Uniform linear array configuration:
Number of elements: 4
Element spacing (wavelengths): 0.75
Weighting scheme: uniform
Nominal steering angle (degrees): -60
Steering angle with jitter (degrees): -58.955
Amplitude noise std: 0.05
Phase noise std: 0.05

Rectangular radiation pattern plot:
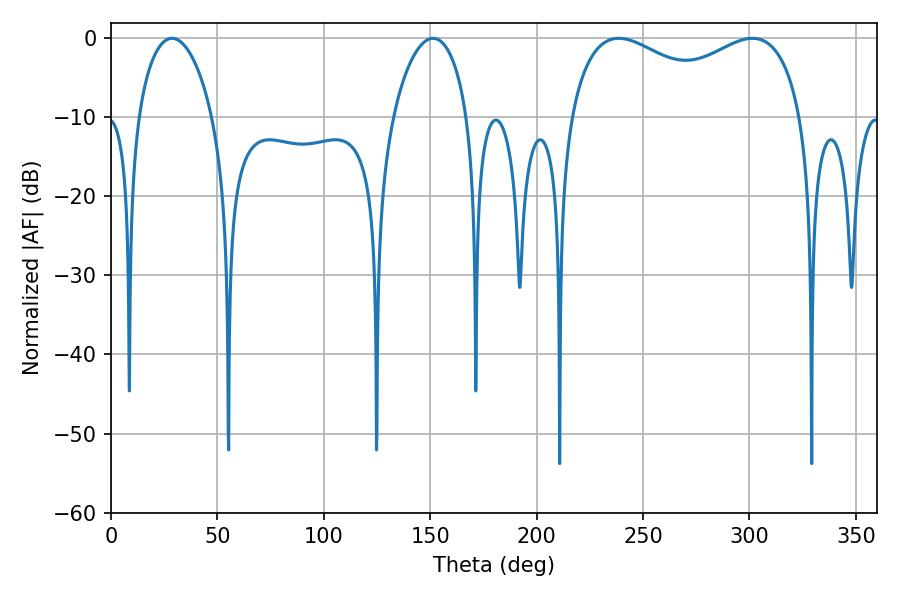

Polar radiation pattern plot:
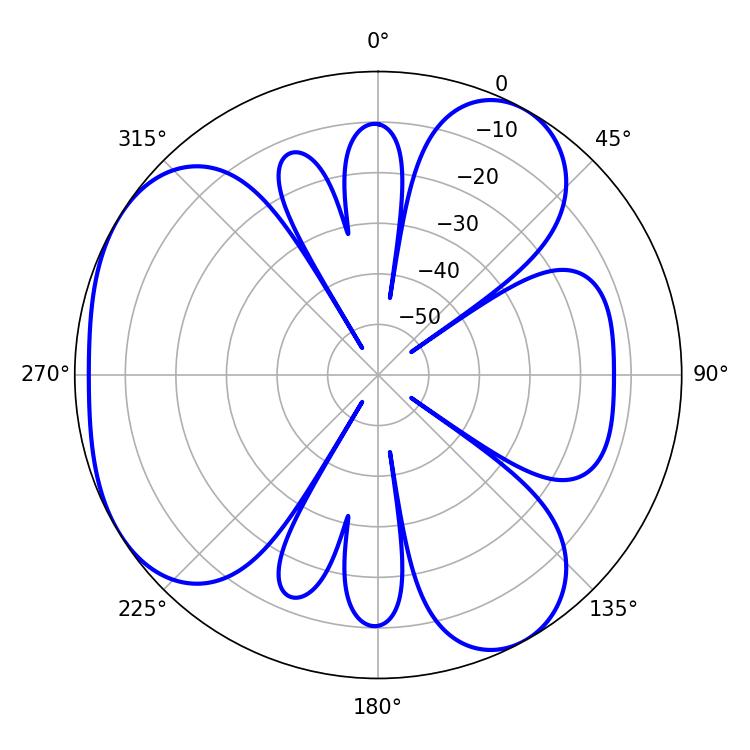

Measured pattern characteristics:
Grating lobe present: TRUE
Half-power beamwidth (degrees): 90.72
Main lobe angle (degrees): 238.68